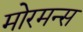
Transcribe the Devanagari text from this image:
मोरमन्स